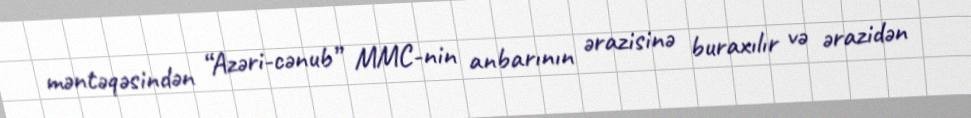
məntəqəsindən “Azəri-cənub” MMC-nin anbarının ərazisinə buraxılır və ərazidən